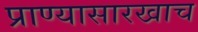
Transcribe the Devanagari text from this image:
प्राण्यासारखाच